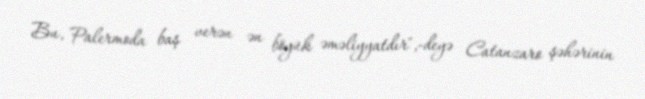
Bu, Palermoda baş verən ən böyük əməliyyatdır",-deyə Catanzaro şəhərinin